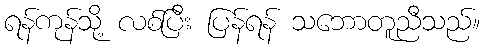
ရန်ကုန်သို့ လစ်ပြီး ပြန်ရန် သဘောတူညီသည်။